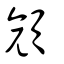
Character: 顏